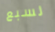
لسبع